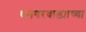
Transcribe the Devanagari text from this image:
धनगरवाड्याच्या